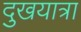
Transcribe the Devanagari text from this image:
दुखयात्रा